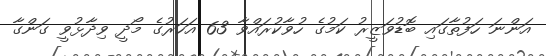
އަންނަ ހަފުތާގައި ބޮޑުވަޒީރު ކަމުގެ ހުވާކުރައްވާ 63 އަހަރުގެ މޯދީ ވިދާޅުވީ ގަންގާ